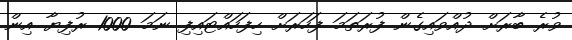
ވުރެ ބާރަށް ދުއްވައިގެން ފުރަތަމަ ފަހަރަށް ހިފަހައްޓައިފި ނަމަ 1000 ރުފިޔާ އިން